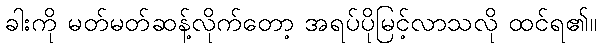
ခါးကို မတ်မတ်ဆန့်လိုက်တော့ အရပ်ပိုမြင့်လာသလို ထင်ရ၏။